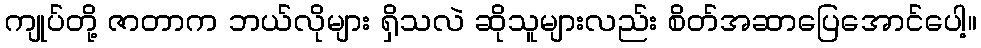
ကျုပ်တို့ ဇာတာက ဘယ်လိုများ ရှိသလဲ ဆိုသူများလည်း စိတ်အဆာပြေအောင်ပေါ့။